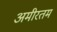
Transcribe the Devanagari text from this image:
अमीरतम